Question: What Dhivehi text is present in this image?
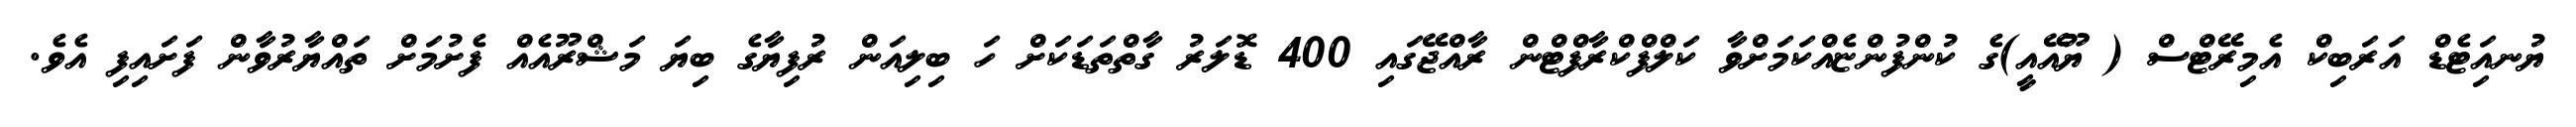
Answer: ޔުނއަިޓެޑް އަރަބިކް އެމިރޭޓްސް ( ޔޫއޭއީ)ގެ ކުންފުންޏެއްކަމަށްވާ ކަލްފްކްރާފްޓްން ރާއްޖޭގައި 400 ޑޮލަރު ގާތްތަޑަކަށް ހަ ބިލިއަން ރުފިޔާގެ ބިޔަ މަޝްރޫއެއް ފެށުމަށް ތައްޔާރުވާން ފަށައިފި އެވެ.